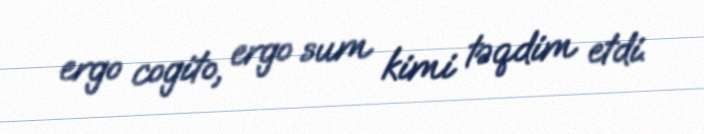
ergo cogito, ergo sum kimi təqdim etdi.